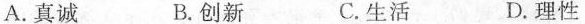
A.真诚 B.创新 C.生活 D.理性